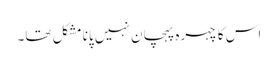
اس کا چہرہ پہچان نہیں پانا مشکل تھا۔